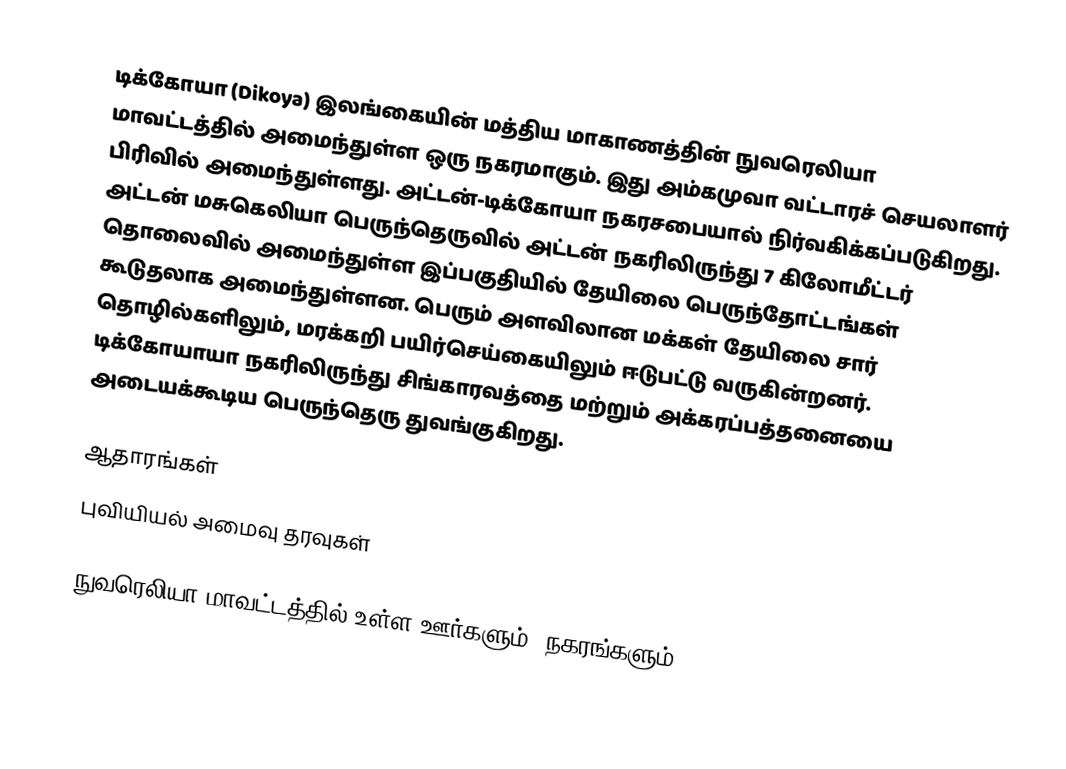
டிக்கோயா (Dikoya) இலங்கையின் மத்திய மாகாணத்தின் நுவரெலியா மாவட்டத்தில் அமைந்துள்ள ஒரு நகரமாகும். இது அம்கமுவா வட்டாரச் செயலாளர் பிரிவில் அமைந்துள்ளது. அட்டன்-டிக்கோயா நகரசபையால் நிர்வகிக்கப்படுகிறது. அட்டன் மசுகெலியா பெருந்தெருவில் அட்டன் நகரிலிருந்து 7 கிலோமீட்டர் தொலைவில் அமைந்துள்ள இப்பகுதியில் தேயிலை பெருந்தோட்டங்கள் கூடுதலாக அமைந்துள்ளன. பெரும் அளவிலான மக்கள் தேயிலை சார் தொழில்களிலும், மரக்கறி பயிர்செய்கையிலும் ஈடுபட்டு வருகின்றனர். டிக்கோயாயா நகரிலிருந்து சிங்காரவத்தை மற்றும் அக்கரப்பத்தனையை அடையக்கூடிய பெருந்தெரு துவங்குகிறது.

ஆதாரங்கள்
புவியியல் அமைவு தரவுகள்

நுவரெலியா மாவட்டத்தில் உள்ள ஊர்களும், நகரங்களும்